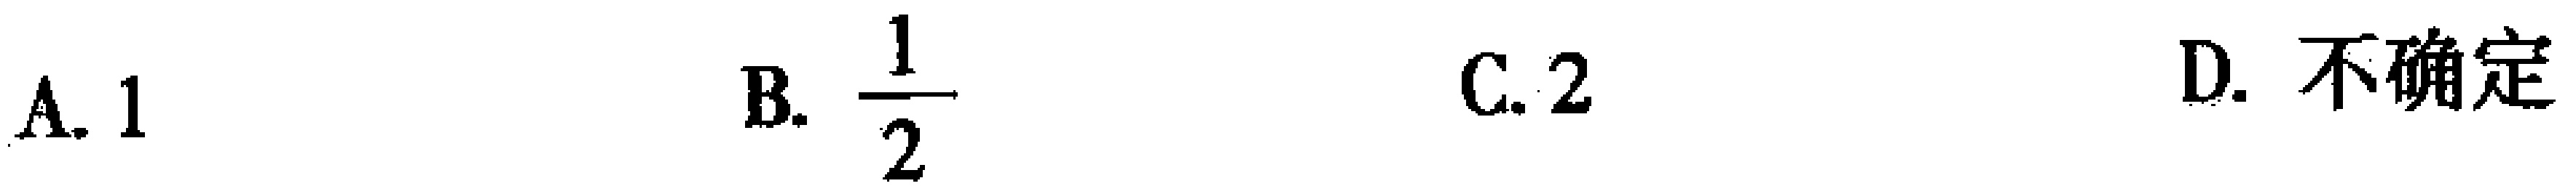
A. \(1\)  B. \(\frac{1}{2}\)  C. \(2\)  D. 不确定